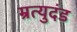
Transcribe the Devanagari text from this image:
म्रत्युदंड